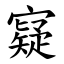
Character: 寲